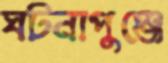
ঘটনাপুঞ্জে